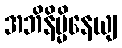
အဘိနိမ္မိနေယျ